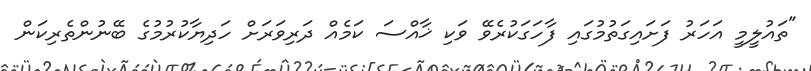
"ތައުލީމީ އަހަރު ފަށައިގަތުމުގައި ފާހަގަކުރެވޭ ވަކި ޚާއްސަ ކަމެއް ދަރިވަރަށް ހަދިޔާކުރުމުގެ ބޭނުންތެރިކަން